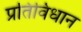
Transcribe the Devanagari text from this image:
प्रतिविधान